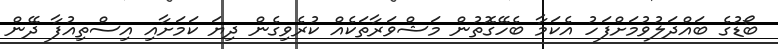
ބޯޑުގެ ބައްދަލުވުމަށްފަހު އެކަމާ ބެހޭގޮތުން މަޝްވަރާތަކެއް ކުރެވިގެން ދިޔަ ކަމަށާއި އިސްތިއުފާ ދޭން